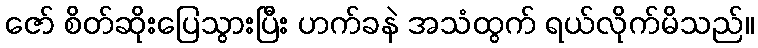
ဇော် စိတ်ဆိုးပြေသွားပြီး ဟက်ခနဲ အသံထွက် ရယ်လိုက်မိသည်။